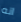
انه